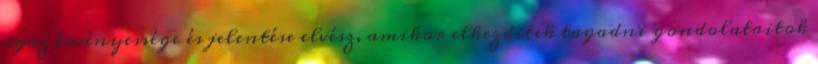
igaz érvényessége és jelentése elvész, amikor elkezditek tagadni gondolataitok